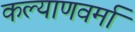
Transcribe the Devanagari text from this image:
कल्याणवर्मा